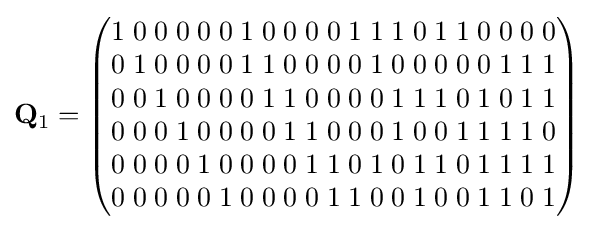
\mathbf {Q} _{1}={\begin{pmatrix}1\;0\;0\;0\;0\;0\;1\;0\;0\;0\;0\;1\;1\;1\;0\;1\;1\;0\;0\;0\;0\\0\;1\;0\;0\;0\;0\;1\;1\;0\;0\;0\;0\;1\;0\;0\;0\;0\;0\;1\;1\;1\\0\;0\;1\;0\;0\;0\;0\;1\;1\;0\;0\;0\;0\;1\;1\;1\;0\;1\;0\;1\;1\\0\;0\;0\;1\;0\;0\;0\;0\;1\;1\;0\;0\;0\;1\;0\;0\;1\;1\;1\;1\;0\\0\;0\;0\;0\;1\;0\;0\;0\;0\;1\;1\;0\;1\;0\;1\;1\;0\;1\;1\;1\;1\\0\;0\;0\;0\;0\;1\;0\;0\;0\;0\;1\;1\;0\;0\;1\;0\;0\;1\;1\;0\;1\end{pmatrix}}